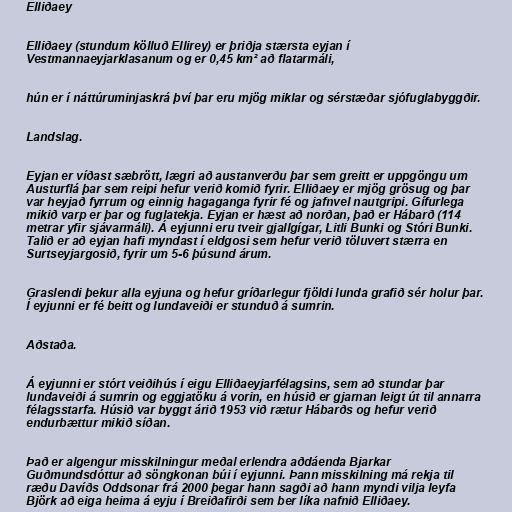
Elliðaey

Elliðaey (stundum kölluð Ellirey) er þriðja stærsta eyjan í
Vestmannaeyjarklasanum og er 0,45 km² að flatarmáli,

hún er í náttúruminjaskrá því þar eru mjög miklar og sérstæðar sjófuglabyggðir.

Landslag.

Eyjan er víðast sæbrött, lægri að austanverðu þar sem greitt er uppgöngu um
Austurflá þar sem reipi hefur verið komið fyrir. Elliðaey er mjög grösug og þar
var heyjað fyrrum og einnig hagaganga fyrir fé og jafnvel nautgripi. Gífurlega
mikið varp er þar og fuglatekja. Eyjan er hæst að norðan, það er Hábarð (114
metrar yfir sjávarmáli). Á eyjunni eru tveir gjallgígar, Litli Bunki og Stóri Bunki.
Talið er að eyjan hafi myndast í eldgosi sem hefur verið töluvert stærra en
Surtseyjargosið, fyrir um 5-6 þúsund árum.

Graslendi þekur alla eyjuna og hefur gríðarlegur fjöldi lunda grafið sér holur þar.
Í eyjunni er fé beitt og lundaveiði er stunduð á sumrin.

Aðstaða.

Á eyjunni er stórt veiðihús í eigu Elliðaeyjarfélagsins, sem að stundar þar
lundaveiði á sumrin og eggjatöku á vorin, en húsið er gjarnan leigt út til annarra
félagsstarfa. Húsið var byggt árið 1953 við rætur Hábarðs og hefur verið
endurbættur mikið síðan.

Það er algengur misskilningur meðal erlendra aðdáenda Bjarkar
Guðmundsdóttur að söngkonan búi í eyjunni. Þann misskilning má rekja til
ræðu Davíðs Oddsonar frá 2000 þegar hann sagði að hann myndi vilja leyfa
Björk að eiga heima á eyju í Breiðafirði sem ber líka nafnið Elliðaey.